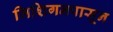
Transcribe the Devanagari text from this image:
मिशिगनपासून